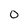
Character: 0